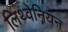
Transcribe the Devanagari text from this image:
लिथ्वेनियन